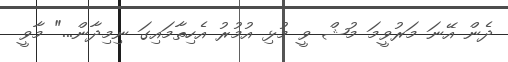
ދެން އޭނަ މަރުވީމަ މުޝް ވީ މުޅި އުމުރު އެހިތާމައިގަ ނިމިދާން..." މާވީ